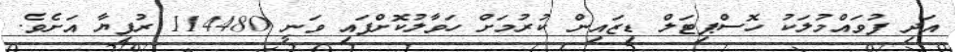
އަދި ފުވައްމުލަކު ހޮސްޕިޓަލް ޑިޒައިން ކުރުމަށް ހަވާލުކޮށްފައި ވަނީ 114480 ރުފިޔާ އަށެވެ.